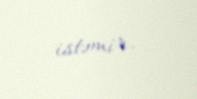
istəmir.